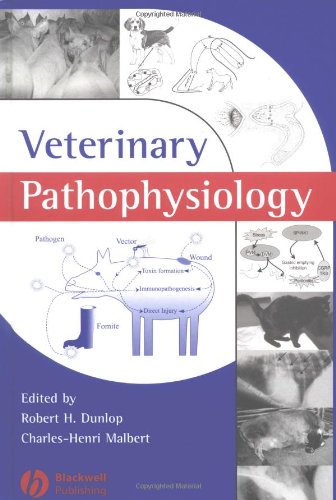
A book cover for Veterinary Pathophysiology; Medical Books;